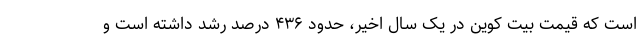
است که قیمت بیت کوین در یک سال اخیر، حدود ۴۳۶ درصد رشد داشته است و